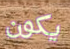
يكون